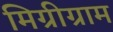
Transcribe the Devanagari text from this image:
मिग्रीग्राम